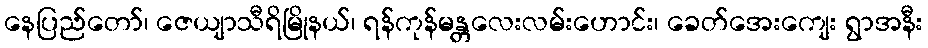
နေပြည်တော်၊ ဇေယျာသီရိမြိုနယ်၊ ရန်ကုန်မန္တလေးလမ်းဟောင်း၊ ခေတ်အေးကျေး ရွာအနီး